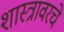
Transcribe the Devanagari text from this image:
शास्त्रावरचे